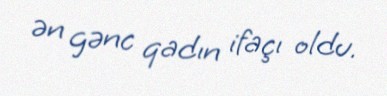
ən gənc qadın ifaçı oldu.